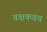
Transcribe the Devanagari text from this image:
वक्षकवच